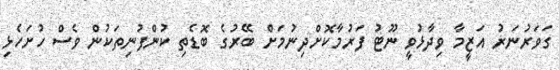
ގަވަރުނަރު އަޒީމާ ވިދާޅުވީ ނޫޓު ފަރުމާކޮށްދިނުމަށް ބޭރުގެ ބޮޑެތި ކުންފުނިތަކުން ވެސް ހުށަހެޅި